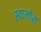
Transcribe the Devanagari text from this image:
स्वालोस